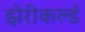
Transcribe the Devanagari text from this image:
झेरीकर्ल्ड